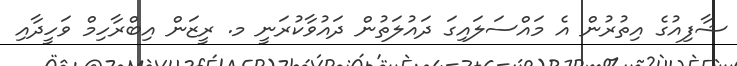
ޝާފިއުގެ އިތުރުން އެ މައްސަލައިގަ ދައުލަތުން ދައުވާކުރަނީ މ. ރީޒަން އިބްރާހިމް ވަހީދާއި